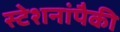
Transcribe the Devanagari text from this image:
स्टेशनांपैकी